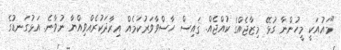
"މައުއަކީ މީހުންނާ ގުޅޭ މިޒާޖެއްގެ ކުއްޖެއް. ޤައިސް ހާސްވާވަރުކަމެއް އިރާދަކުރެއްވިއްޔާ ނުވާނެ. އަޅުގަނޑުގެ